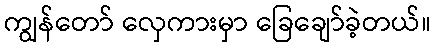
ကျွန်တော် လှေကားမှာ ခြေချော်ခဲ့တယ်။